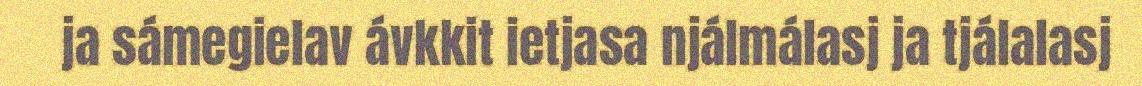
ja sámegielav ávkkit ietjasa njálmálasj ja tjálalasj